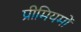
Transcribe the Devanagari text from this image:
प्रीमियमों